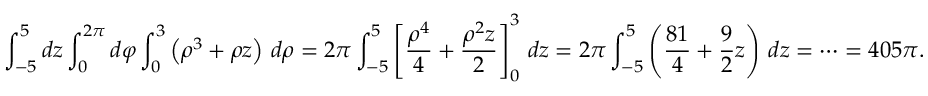
\int _ { - 5 } ^ { 5 } d z \int _ { 0 } ^ { 2 \pi } d \varphi \int _ { 0 } ^ { 3 } \left( \rho ^ { 3 } + \rho z \right) \, d \rho = 2 \pi \int _ { - 5 } ^ { 5 } \left[ { \frac { \rho ^ { 4 } } { 4 } } + { \frac { \rho ^ { 2 } z } { 2 } } \right] _ { 0 } ^ { 3 } \, d z = 2 \pi \int _ { - 5 } ^ { 5 } \left( { \frac { 8 1 } { 4 } } + { \frac { 9 } { 2 } } z \right) \, d z = \cdots = 4 0 5 \pi .